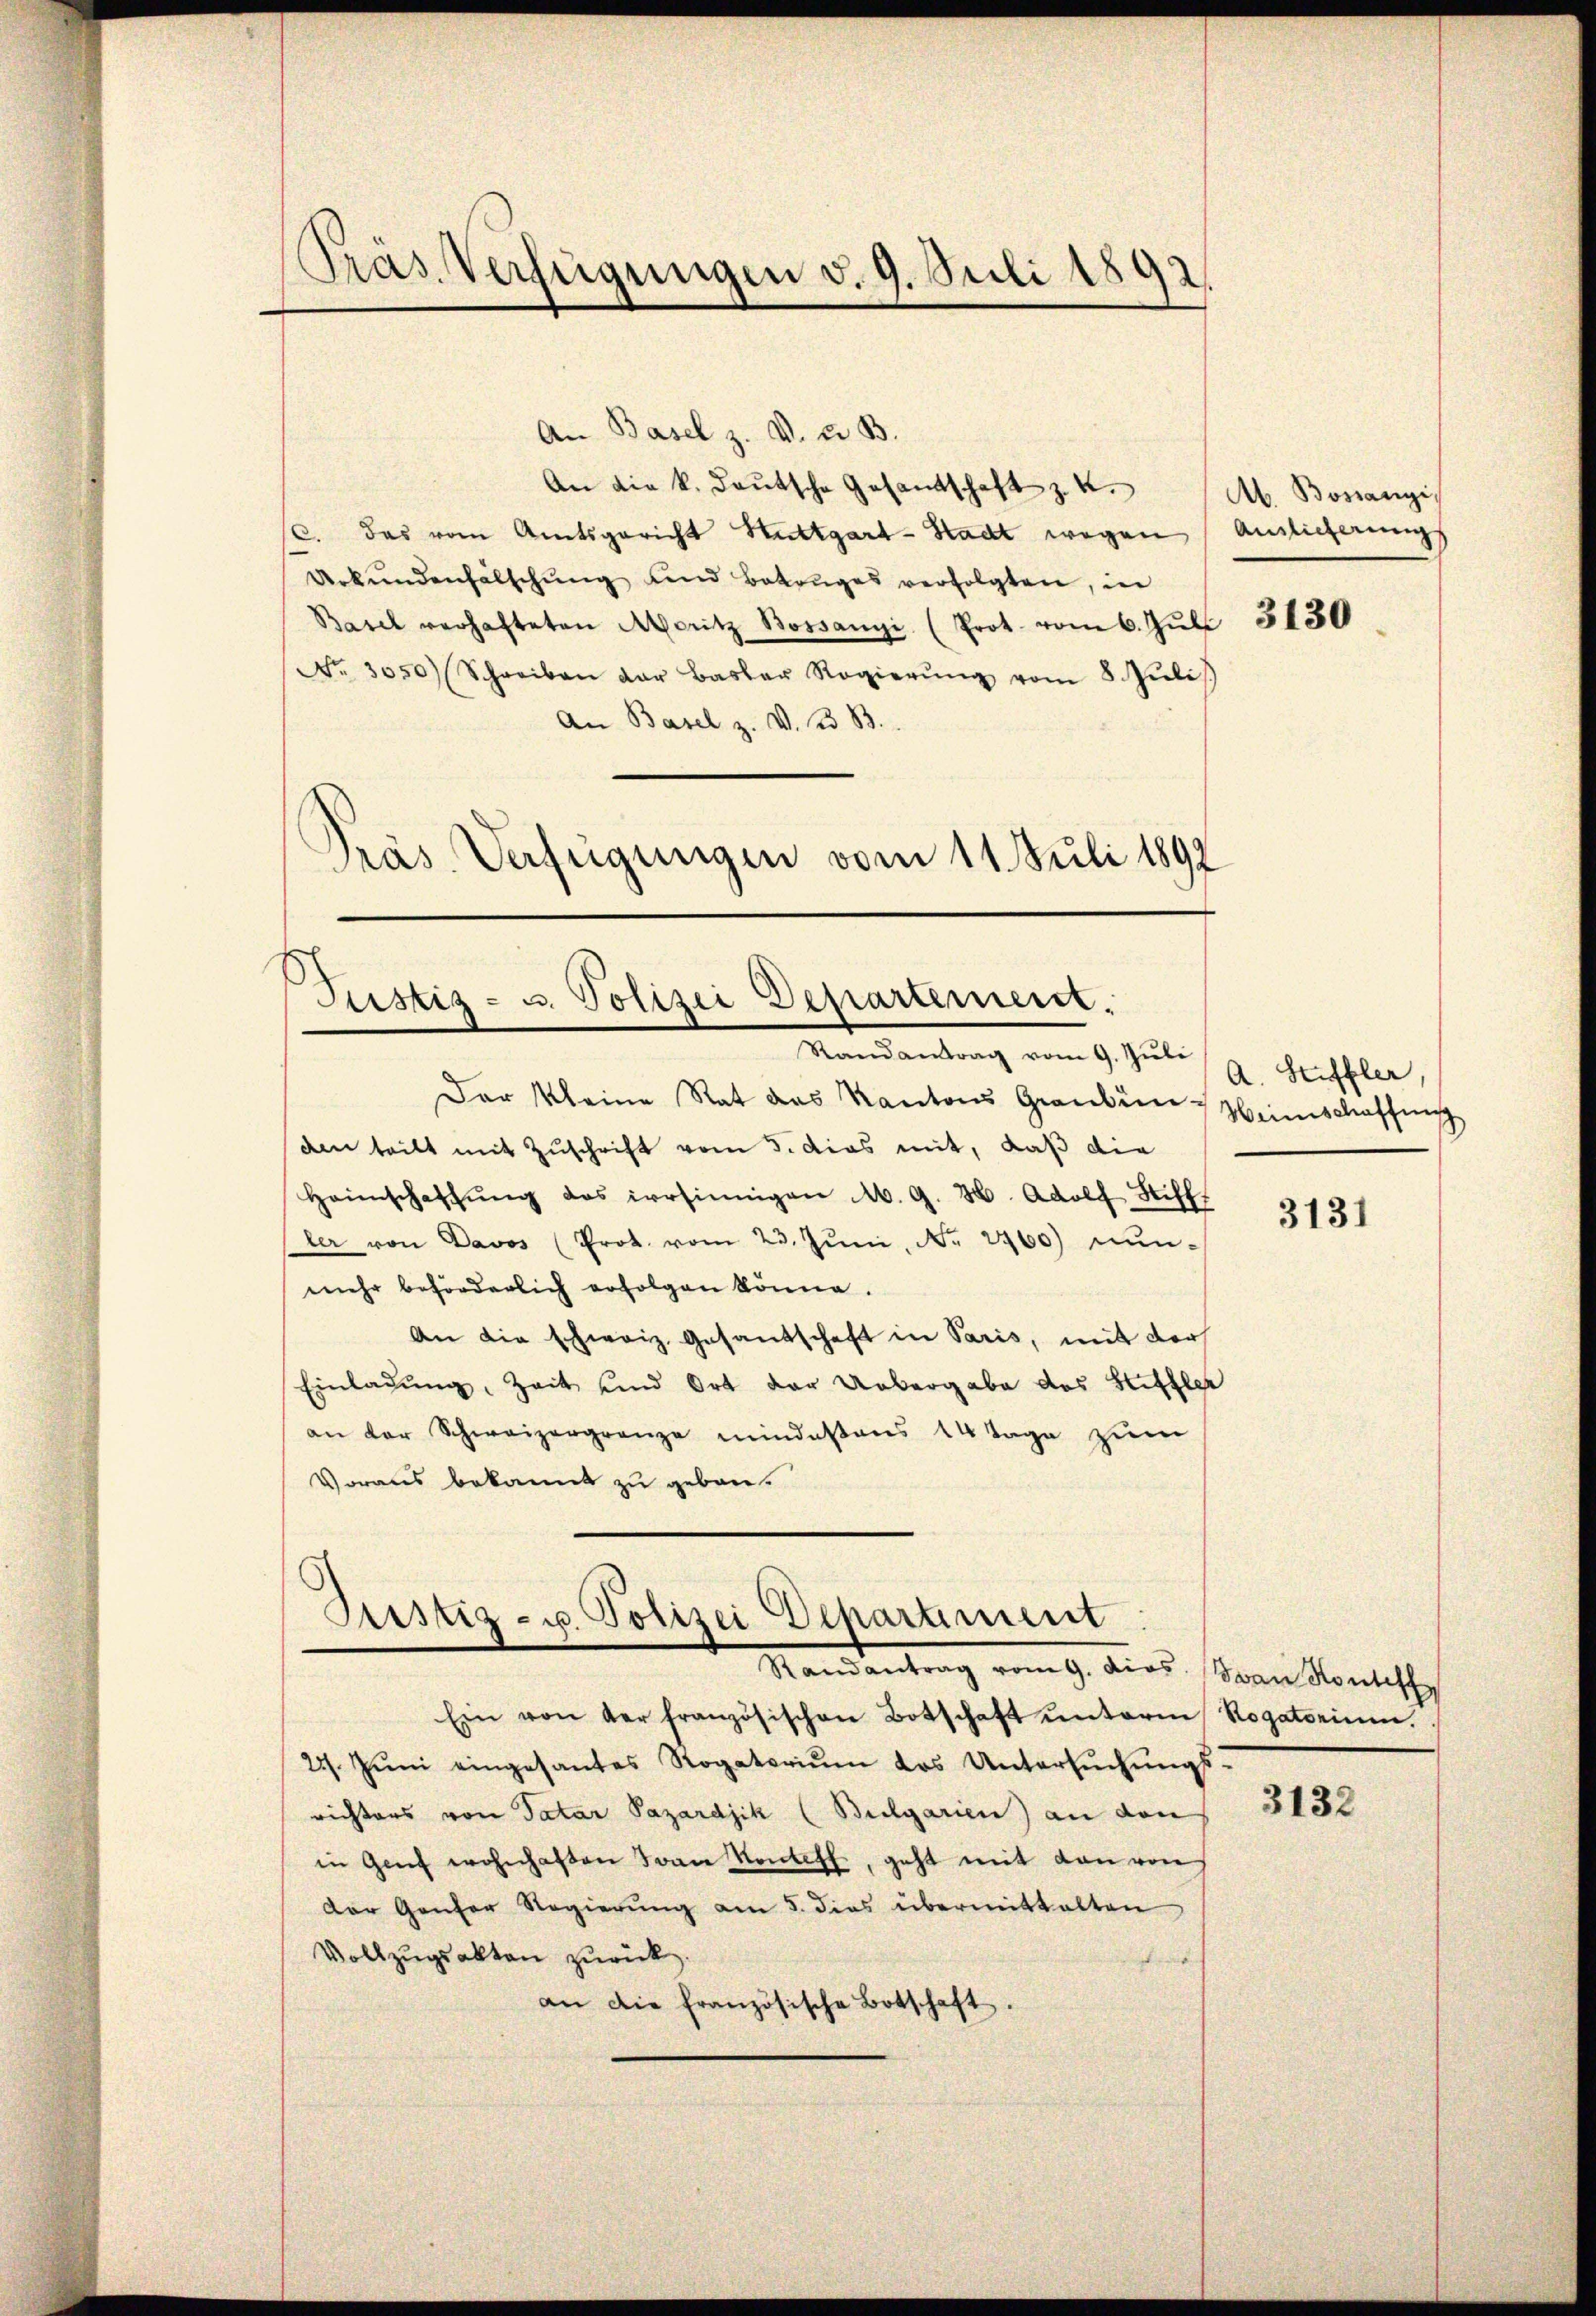
Präs. Verfügungen v. 9. Juli 1892.

An Basel z. V. u. B.
An die k. deutsche Gesandtschaft z. K.
c. das vom Amtsgericht Stuttgart-Stadt wegen Auslicherungs
Urkŭndenfälschŭng und Betruges verfolgten, in
Basel verhafteten Moritz Bossanyi (Prot. vom 6. Jŭl
No. 3050) Schreiben der Basler Regierŭng vom 8. Jŭli
An Basel z. V. 33 B.
Präs. Verfügungen vom 11. Juli 1892

Justiz- u. Polizei Departement.
Randantrag vom 9. Juli

Der Kleine Rat das Kantons Grauben Heimschaffung
den teilt mit Zuschrift vom 5. das mit, daß die
Heimschaffŭng des irrsinnigen M. G. H. Adolf Stiff
ler von Davos (Prot. vom 23. Jŭni, Nr. 2460) nŭn-
mehr beförderlich erfolgen könne.
An die schweiz. Gesandschaft in Paris, mit der
Einladung, Zeit und Ort der Uebergabe das Sittler
an der Schweizergrenze mindestens 14 Tage zum
Voraus bekannt zu geben.
Justiz- u. Polizei Departiment
Mandantrag vom 9. dies an Montisch
Ein von der französischen Botschaft unterm Rogatorium.
227. Jŭni eingesantes Rogatoriŭm das Untersŭchŭngs-
richters von datar Pazardjik (Bulgarien) an den
in Genf wohnhaften Ivan Kontoff, geht mit den von
Der Genfer Regierung am 5. dies übermittalten
Vollzŭgsakten zurück.
an die französische Botschaft.

Ab. Borangi,

3130

A. Stiffler,

3131

3132